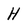
Character: H